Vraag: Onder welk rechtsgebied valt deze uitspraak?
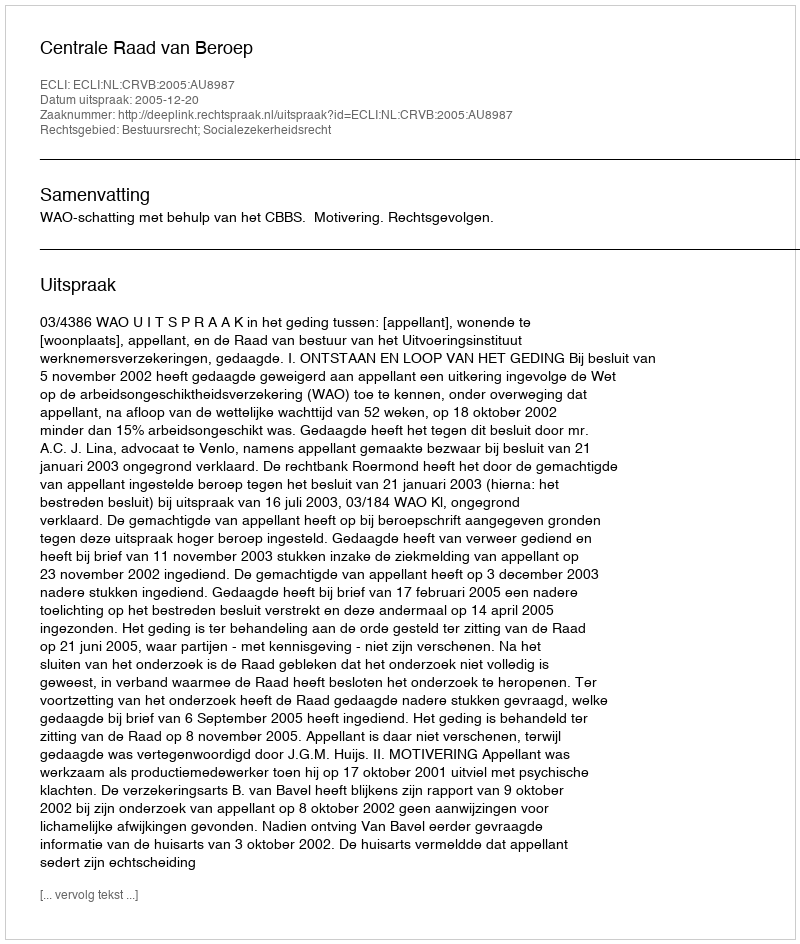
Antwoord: Bestuursrecht; Socialezekerheidsrecht